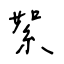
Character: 絮